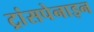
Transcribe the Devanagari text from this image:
ट्रांसपेनाइन